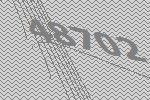
48702